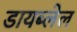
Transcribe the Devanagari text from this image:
डायब्लेल